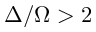
\Delta / \Omega > 2